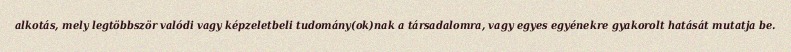
alkotás, mely legtöbbször valódi vagy képzeletbeli tudomány(ok)nak a társadalomra, vagy egyes egyénekre gyakorolt hatását mutatja be.